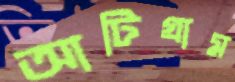
আটিগ্রাম